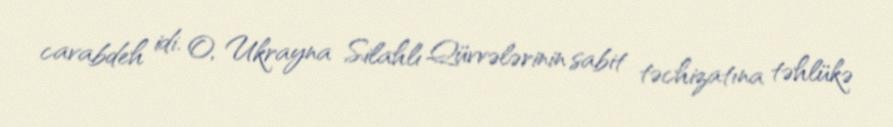
cavabdeh idi. O, Ukrayna Silahlı Qüvvələrinin sabit təchizatına təhlükə